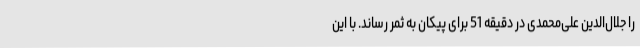
را جلال‌الدین علی‌محمدی در دقیقه 51 برای پیکان به ثمر رساند. با این